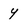
Character: y